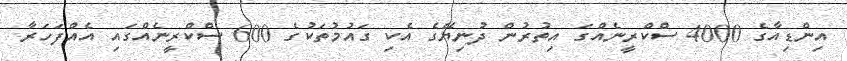
އިންޑިއާގެ 4000 ސްކްރީނެއްގަ އިތުރުން ދުނިޔޭގެ އެކި ގައުމުތަކުގެ 600 ސްކްރީނެއްގައި އެއްފަހަރާ